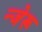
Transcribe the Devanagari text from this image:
न्जेरू